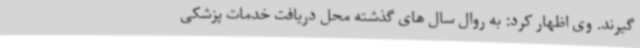
گیرند. وی اظهار کرد: به روال سال های گذشته محل دریافت خدمات پزشکی